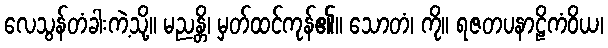
လေသွန်တံခါးကဲ့သို့။ မညန္တိ၊ မှတ်ထင်ကုန်၏။ သောတံ၊ ကို။ ရဇတပနာဠိကံဝိယ၊